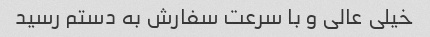
خیلی عالی و با سرعت سفارش به دستم رسید